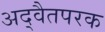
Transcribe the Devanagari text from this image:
अद्वैतपरक